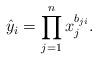
LaTeX: \begin{align*}\hat{y}_i = \prod_{j=1}^n x_j^{b_{ji}}.\end{align*}